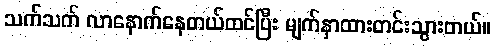
သက်သက် လာနောက်နေတယ်ထင်ပြီး မျက်နှာထားတင်းသွားတယ်။